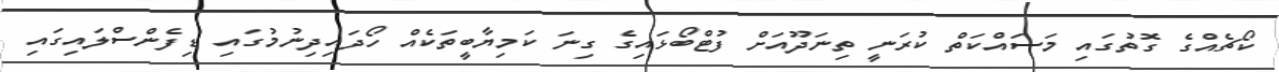
ކޯޗެއްގެ ގޮތުގައި މަސައްކަތް ކުރަނީ ތިނަދޫއަށް ފުޓްބޯޅައިގެ ގިނަ ކަމިޔާބީތަކެއް ހޯދައިދިނުމުގައި ޑިފެންސްލައިގައި